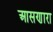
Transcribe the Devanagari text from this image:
आसणारा